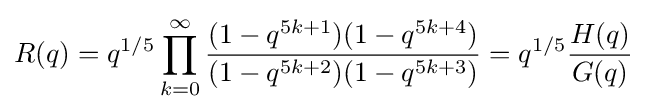
R(q)=q^{1/5}\prod _{k=0}^{\infty }{\frac {(1-q^{5k+1})(1-q^{5k+4})}{(1-q^{5k+2})(1-q^{5k+3})}}=q^{1/5}{\frac {H(q)}{G(q)}}